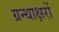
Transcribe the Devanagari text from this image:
ग्रन्थाक्षरों